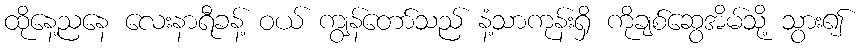
ထိုနေ့ညနေ လေးနာရီခန့် ဝယ် ကျွန်တော်သည် နံ့သာကုန်းရှိ ကိုချစ်ဆွေအိမ်သို့ သွား၍